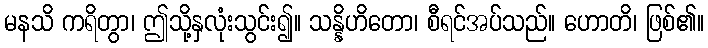
မနသိ ကရိတွာ၊ ဤသို့နှလုံးသွင်း၍။ သန္နိဟိတော၊ စီရင်အပ်သည်။ ဟောတိ၊ ဖြစ်၏။